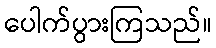
ပေါက်ပွားကြသည်။